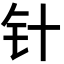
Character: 针